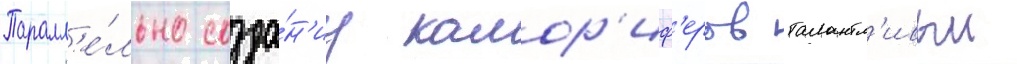
Паралл'е́льно созда́н'иу калор'иф'еров талантл'ивыи